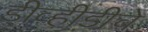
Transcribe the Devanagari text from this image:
डीव्हीडीचे